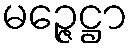
မဉ္ဇေဋ္ဌာ